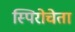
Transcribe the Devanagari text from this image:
स्पिरोचेता